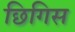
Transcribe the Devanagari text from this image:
छिगिस